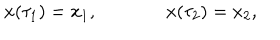
x ( \tau _ { 1 } ) = x _ { 1 } , \, \, \, \, \, \, \, \, \, \, \, \, \, \, \, \, \, \, \, \, \, \, x ( \tau _ { 2 } ) = x _ { 2 } ,